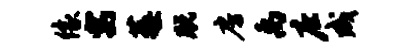
像寓莓脱房禹庄成